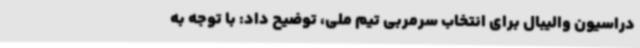
دراسیون والیبال برای انتخاب سرمربی تیم ملی، توضیح داد: با توجه به